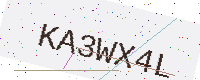
Text: KA3WX4L